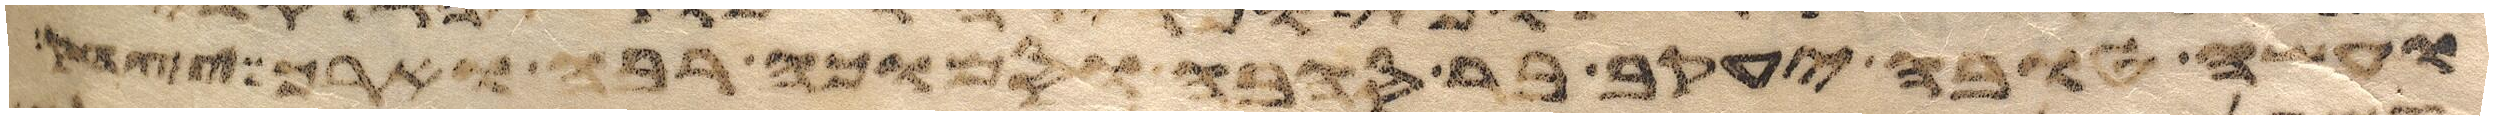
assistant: ועשו וירא עשו כי ברך יצחק